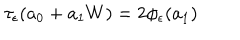
LaTeX: \tau _ { \epsilon } ( a _ { 0 } + a _ { 1 } W ) = 2 \phi _ { \epsilon } ( a _ { 1 } )